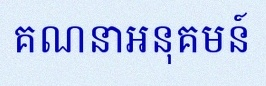
គណនាអនុគមន៍